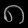
Digit: ၈